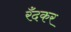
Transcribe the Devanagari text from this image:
रँदकर